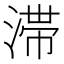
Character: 滞